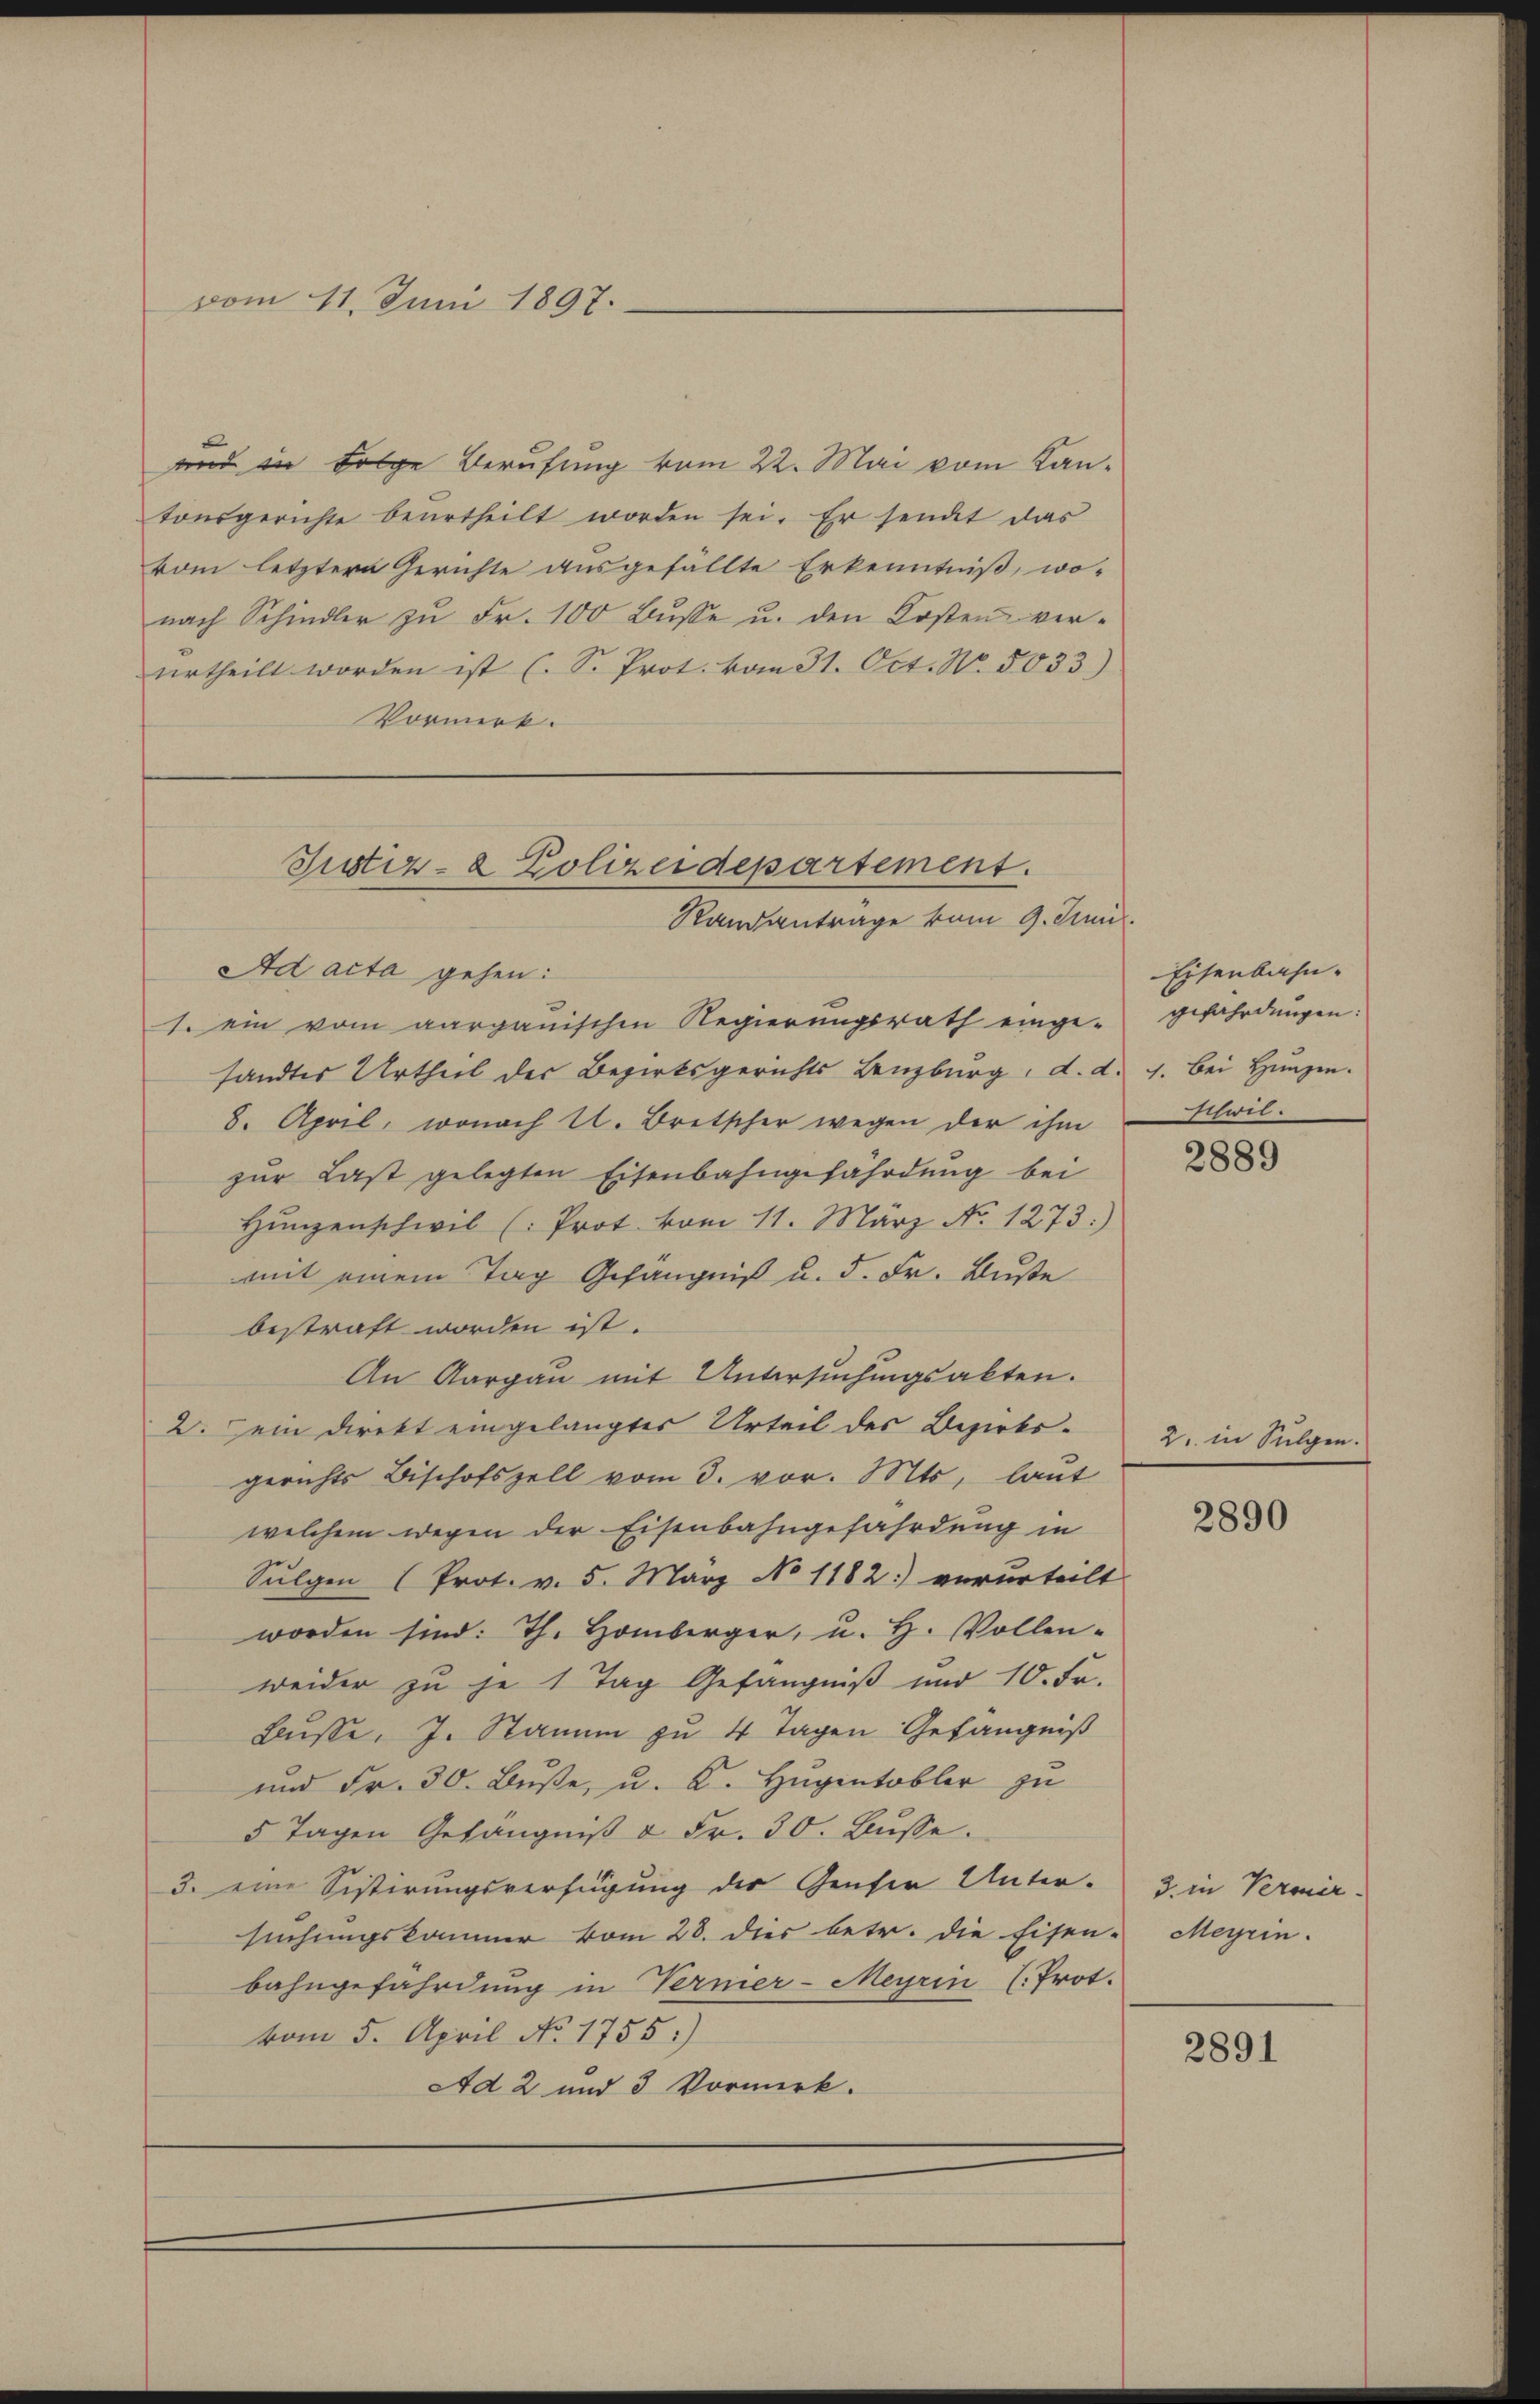
und in Folge Berufung vom 22. Mai vom Kantonsgerichte beŭrtheilt worden sei. Er sendet das
vom letztere Gerichte ausgefällte Erkenntniß, wo-
nach Schindler zŭ Fr. 100 Bŭsse u. den Kosten verurtheilt worden ist (S. Prot. vom 31. Oct. No. 5033).
Vormerk.

vom 11. Juni 1897.

Justiz- & Polizeidepartement.
Randantrage vom 9. Juni.
Ad acta gehen:

1. ein vom aargauischen Regierungsrath einge-
sandtes Urtheil der Bezirksgerichts Lenzburg, d. d. 4. bei Hungen.
8. April, wonach U. Bretscher wegen der ihm
zur Last gelegten Eisenbahngefährdung bei
Hunzenschwil (Prot. vom 11. März No. 1273)
mit einem Tag Gefängniß u. d. Fr. Buße
bestraft worden ist.
An Aargau mit Untersuchungsakten.
2. ein Direkt eingelangter Urteil des Bezirks-
gerichts Bischofszell vom 3. vor. Mts, laut
welchem wegen der Eisenbahngefährdung in
Sulgen (Prot. v. 5. März No 1182) verurteilt
worden sind: Th. Homberger, u. H. Vollen-
weider zu je 1 Tag Gefängniß und 10. Fr.
Buße, J. Stamm zu 4 Tagen Gefängniß
und Fr. 30. Buße, u. K. Hugentobler zu
5 Tagen Gefängniß & Fr. 30. Busse.
3. eine Sistirungsverfügung der Genfer Unter-
suchungskommer vom 28. dies betr. die Eisen-
bahngefährdung in Vermer-Meyrin (Prot.
vom 5. April No 1755)
Ad 2 und 3 Vormerk.

Eisenbahn.
gefährdungen:
schwil.

2889

2. in Sulgen.

2890

3. in Vermier-
Meyrin.

2891